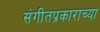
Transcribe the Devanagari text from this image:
संगीतप्रकाराच्या